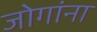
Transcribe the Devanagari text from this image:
जोगांना